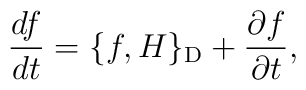
\frac{df}{dt}=\{f,H\}_{\rm D}+\frac{\partial f}{\partial t},